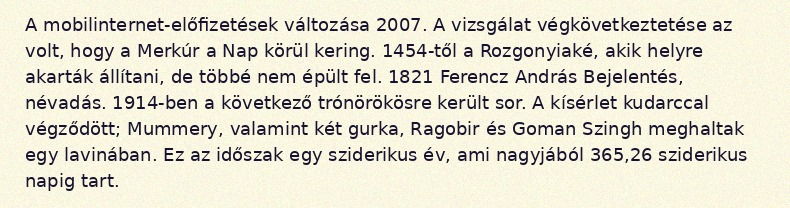
A mobilinternet-előfizetések változása 2007. A vizsgálat végkövetkeztetése az volt, hogy a Merkúr a Nap körül kering. 1454-től a Rozgonyiaké, akik helyre akarták állítani, de többé nem épült fel. 1821 Ferencz András Bejelentés, névadás. 1914-ben a következő trónörökösre került sor. A kísérlet kudarccal végződött; Mummery, valamint két gurka, Ragobir és Goman Szingh meghaltak egy lavinában. Ez az időszak egy sziderikus év, ami nagyjából 365,26 sziderikus napig tart.